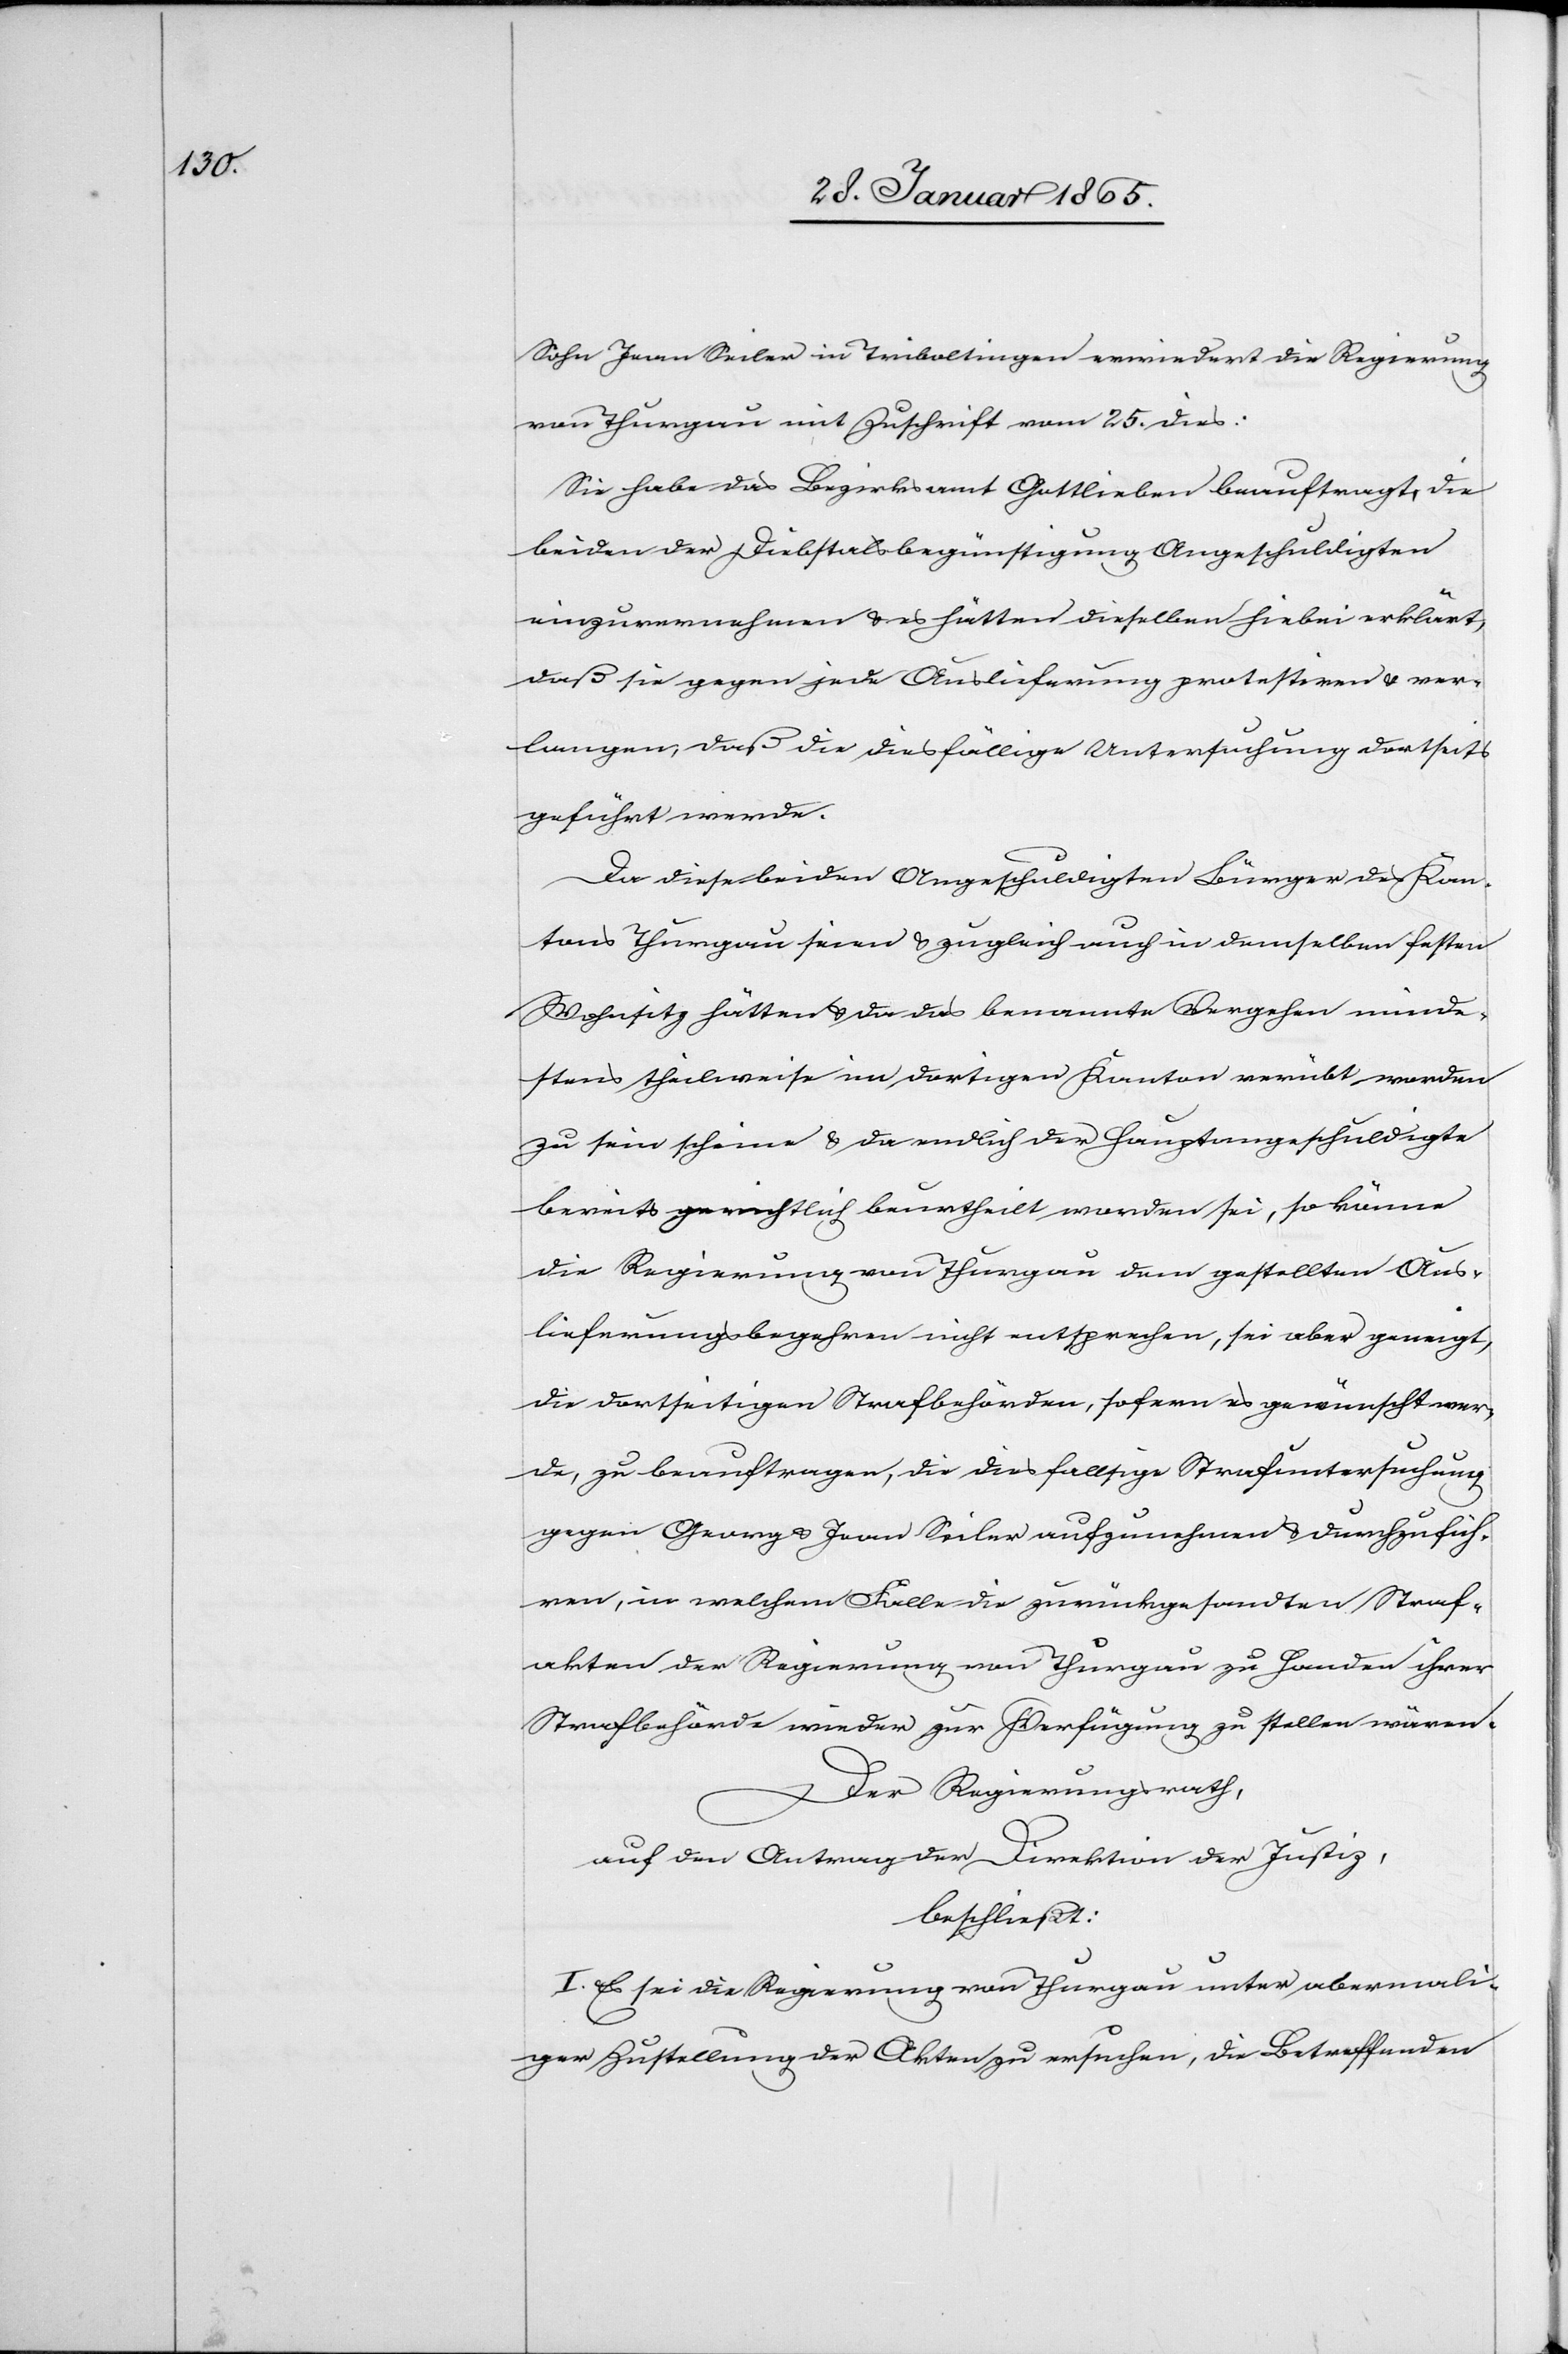
Sohn Jean Seiler in Triboltingen erwiedert die Regierung
von Thurgau mit Zuschrift vom 25. dies:
Sie habe das Bezirksamt Gottlieben beauftragt, die
beiden der Diebstalsbegünstigung Angeschuldigten
einzuvernehmen u. es hätten dieselben hiebei erklärt,
daß sie gegen jede Auslieferung protestiren u. ver¬
langen, daß die diesfällige Untersuchung dortseits
geführt werde.
Da diese beiden Angeschuldigten Bürger des Kan¬
tons Thurgau seien u. zugleich auch in demselben festen
Wohnsitz hätten u. da das benannte Vergehen minde¬
stens theilweise im dortigen Kanton verübt worden
zu sein scheine u. da endlich der Hauptangeschuldigte
bereits gerichtlich beurtheilt worden sei, so könne
die Regierung von Thurgau dem gestellten Aus¬
lieferungsbegehren nicht entsprechen, sei aber geneigt,
die dortseitigen Strafbehörden, sofern gewünscht wer¬
de, zu beauftragen, die diesfallsige Strafuntersuchung
gegen Georg u. Jean Seiler aufzunehmen u. durchzufüh¬
ren, in welchem Falle die zurückgesandten Straf¬
akten der Regierung von Thurgau zu Handen ihrer
Strafbehörde wieder zur Verfügung zu stellen wären.
Der Regierungsrath,
auf den Antrag der Direktion der Justiz,
beschließt:
I. Es sei die Regierung von Thurgau unter abermali¬
ger Zustellung der Akten zu ersuchen, die Betreffenden